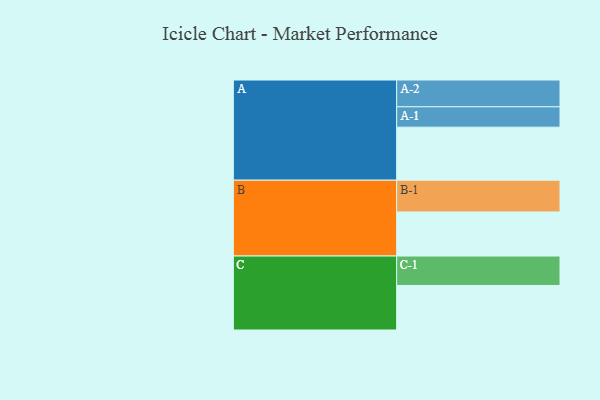
{"axis": {"x": "Segment", "y": "Value"}, "legend": ["", "A", "B", "C"], "data": [{"x": "A", "y": 481, "type": ""}, {"x": "B", "y": 400, "type": ""}, {"x": "C", "y": 404, "type": ""}, {"x": "A-1", "y": 185, "type": "A"}, {"x": "A-2", "y": 243, "type": "A"}, {"x": "B-1", "y": 288, "type": "B"}, {"x": "C-1", "y": 267, "type": "C"}]}